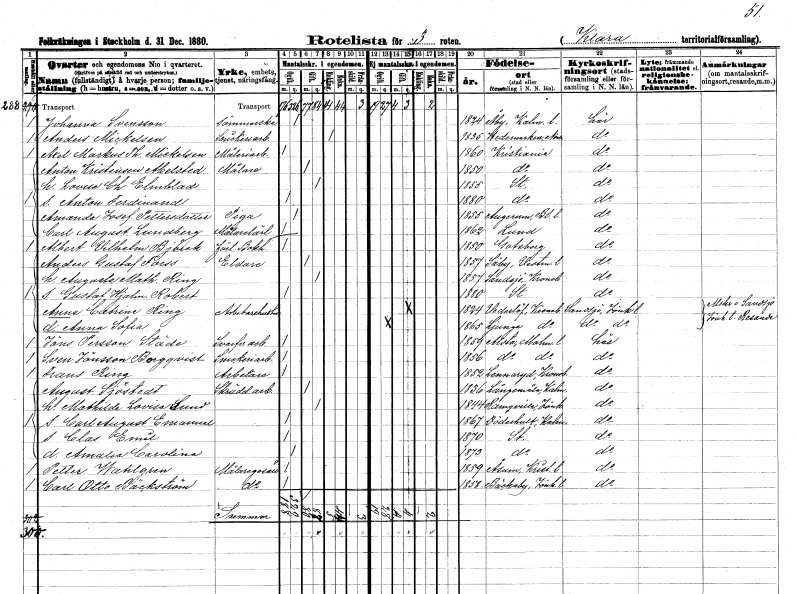
gt_parse: households: individuals: FN: Johanna
EN: Svensson
YRKE: Sömmerska
KON: K
CIV: O
FODAR: 1824
FODFORS: Åby Kalmar län
FN: Anders
EN: Mickelsen
YRKE: Snickeriarbetare
KON: M
CIV: E
FODAR: 1836
FN: Axel Markus Th.
EN: Mickelsen
YRKE: Måleriarbetare
KON: M
CIV: O
FODAR: 1860
FN: Anton
EN: Kristensen Abelsted
YRKE: Målare
KON: M
CIV: G
FODAR: 1850
FN: Lovisa Charlotta
EN: Elmblad
KON: K
CIV: G
FODAR: 1855
FODFORS: Stockholm
FN: Anton Ferdinand
KON: M
CIV: O
FODAR: 1880
FODFORS: Stockholm
FN: Amanda Josefina
EN: Pettersdotter
YRKE: Piga
KON: K
CIV: O
FODAR: 1855
FODFORS: Augerum Blekinge län
FN: Carl August
EN: Lundberg
YRKE: Målarelärling
KON: M
CIV: O
FODAR: 1862
FODFORS: Lund Malmöhus län
FN: Albert Vilhelm
EN: Björck
YRKE: Bokförläggare
KON: M
CIV: O
FODAR: 1850
FODFORS: Göteborg Göteborgs- och Bohuslän
FN: Anders Gustaf
EN: Forss
YRKE: Eldare
KON: M
CIV: G
FODAR: 1857
FODFORS: Säby Västmanlands län
FN: Augusta Mathilda
EN: Ring
KON: K
CIV: G
FODAR: 1857
FODFORS: Sandsjö Kronobergs län
FN: Gustaf Hjalmar Robert
KON: M
CIV: O
FODAR: 1880
FODFORS: Stockholm
FN: Anna Catrina
EN: Ring
YRKE: Arbetarehustru
KON: K
CIV: G
FODAR: 1824
FODFORS: Vederslöv Kronobergs län
FN: Anna Sofia
KON: K
CIV: O
FODAR: 1865
FODFORS: Ljunga Kronobergs län
FN: Jöns
EN: Persson Städe
YRKE: Svarveriarbetare
KON: M
CIV: O
FODAR: 1859
FODFORS: Alstad Malmöhus län
FN: Sven
EN: Jönsson Borgqvist
YRKE: Snickeriarbetare
KON: M
CIV: O
FODAR: 1856
FODFORS: Alstad Malmöhus län
FN: Frans
EN: Ring
YRKE: Arbetare
KON: M
CIV: O
FODAR: 1852
FODFORS: Linneryd Kronobergs län
FN: August
EN: Sjöstedt
YRKE: Skrädderiarbetare
KON: M
CIV: G
FODAR: 1836
FODFORS: Långemåla Kalmar län
FN: Mathilda Lovisa
EN: Sund
KON: K
CIV: G
FODAR: 1844
FODFORS: Ramkvilla Jönköpings län
FN: Carl August Emanuel
KON: M
CIV: O
FODAR: 1867
FODFORS: Döderhult Kalmar län
FN: Clas Emil
KON: M
CIV: O
FODAR: 1870
FODFORS: Stockholm
FN: Amalia Carolina
KON: K
CIV: O
FODAR: 1873
FODFORS: Stockholm
FN: Petter
EN: Wahlgren
YRKE: Målaregesäll
KON: M
CIV: O
FODAR: 1859
FODFORS: Åsum Kristianstads län
FN: Carl Otto
EN: Bäckström
YRKE: Målaregesäll
KON: M
CIV: O
FODAR: 1858
FODFORS: Bäckaby Jönköpings län